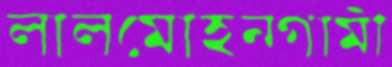
লালমোহনগামী